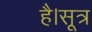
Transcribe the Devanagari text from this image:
है।सूत्र